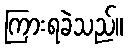
ကြားရခဲသည်။